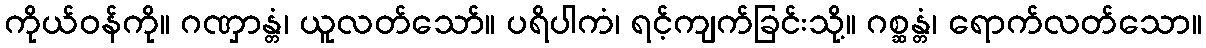
ကိုယ်ဝန်ကို။ ဂဏှာန္တံ၊ ယူလတ်သော်။ ပရိပါကံ၊ ရင့်ကျက်ခြင်းသို့။ ဂစ္ဆန္တံ၊ ရောက်လတ်သော။